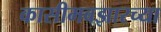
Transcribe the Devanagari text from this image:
कासीमबझारच्या